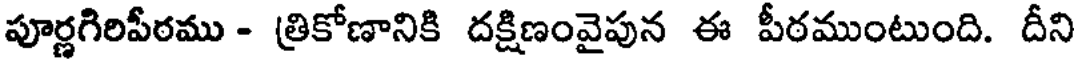
పూర్ణగిరిపీఠము - త్రికోణానికి దక్షిణంవైపున ఈ పీఠముంటుంది. దీని